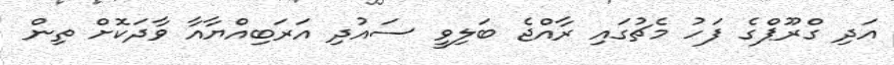
އަދި ގްރޫޕްގެ ފަހު މެޗުގައި ރާއްޖެ ބަލިވީ ސައުދި އަރަބިއްޔާއާ ވާދަކޮށް ތިން